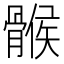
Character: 𩩵